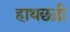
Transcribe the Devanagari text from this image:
हाथछड़ी